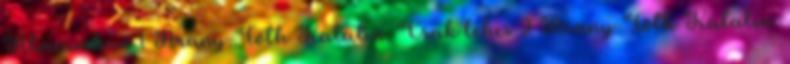
Álmaimban 1 Arany-Tóth Katalin: Csak lehes 2 Arany-Tóth Katalin: